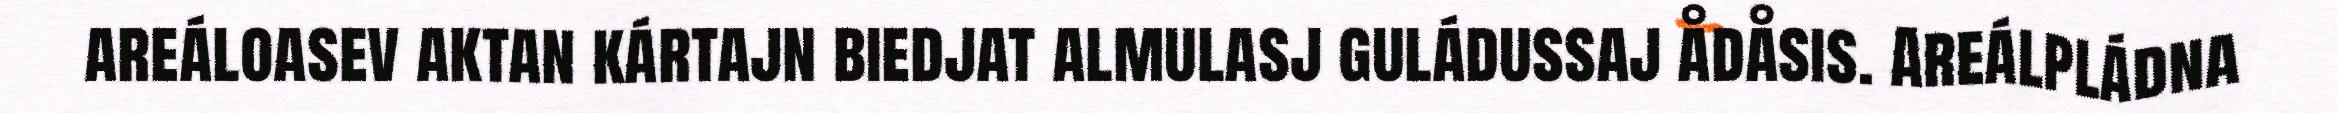
areáloasev aktan kártajn biedjat almulasj guládussaj ådåsis. Areálpládna